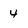
Character: 4